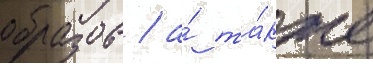
образов / а́ та́кже